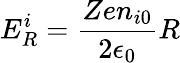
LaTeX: E_{R}^{i}=\frac{Zen_{i0}}{2\epsilon_{0}}R